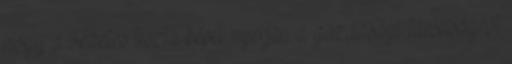
hogy a vezetés tiszta képet nyerjen a gazdasági társaságról